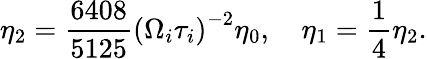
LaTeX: \eta_{2}=\frac{6408}{5125}\left(\Omega_{i}\tau_{i}\right)^{-2}\eta_{0},\quad\eta_{1}=\frac{1}{4}\eta_{2}.